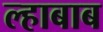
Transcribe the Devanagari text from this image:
ल्हाबाब